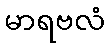
မာရဗလံ